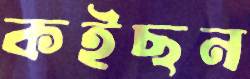
কইছন